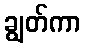
ချွတ်ကာ